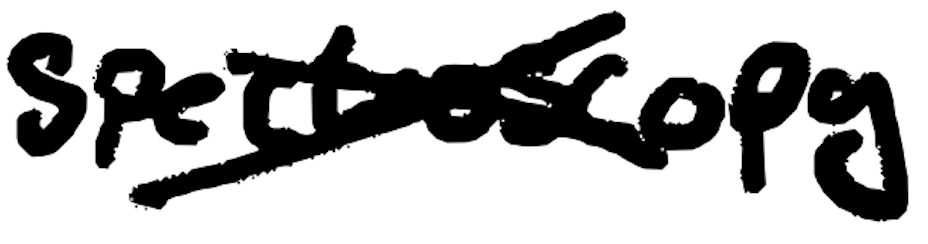
Text: spectroscopy
Cross-out: cross
Writing tool: digital_black